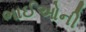
ભાઈઓની